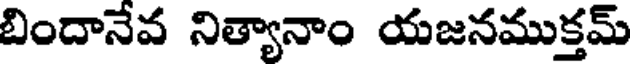
బిందానేవ నిత్యానాం యజనముక్తమ్